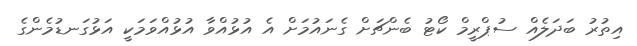
އިތުރު ބަދަލެއް ސުޕްރީމް ކޯޓު ބެންޗަށް ގެނައުމަށް އެ އުޅުއްވާ އުޅުއްވަމަކީ އަޅުގަނޑުމެންގެ